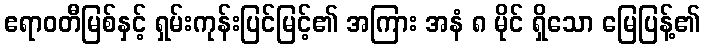
ဧရာဝတီမြစ်နှင့် ရှမ်းကုန်းပြင်မြင့်၏ အကြား အနံ ၈ မိုင် ရှိသော မြေပြန့်၏